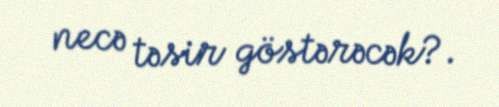
necə təsir göstərəcək?.